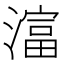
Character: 𪷛